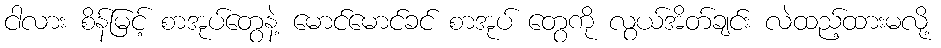
ငါလား စိန်မြင့် စာအုပ်တွေနဲ့ မောင်မောင်ခင် စာအုပ် တွေကို လွယ်အိတ်ချင်း လဲထည့်ထားမလို့